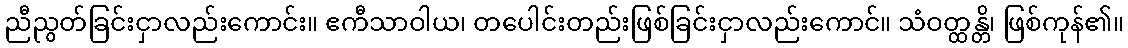
ညီညွတ်ခြင်းငှာလည်းကောင်း။ ဧကီသာဝါယ၊ တပေါင်းတည်းဖြစ်ခြင်းငှာလည်းကောင်။ သံဝတ္ထန္တိ၊ ဖြစ်ကုန်၏။